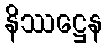
နိဿဋ္ဌေန